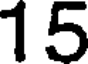
15